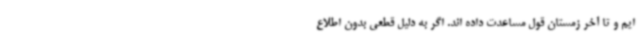
ایم و تا آخر زمستان قول مساعدت داده اند. اگر به دلیل قطعی بدون اطلاع